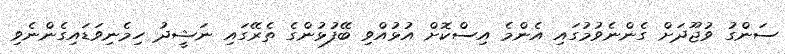
ސަންގު ވުޖޫދަށް ގެންނެވުމުގައި އެންމެ އިސްކޮށް އުޅުއްވި ބޭފުޅުންގެ ތެރޭގައި ނަޝީދު ހިމެނިވަޑައިގެންނެވި